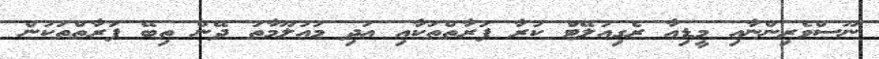
ނޫސްވެރިންނާއި މީޑިއާ ރެގިއުލޭޓް ކުރާ ފަރާތްތަކާއި އަދި މައުލޫމާތު ދޭން ތިބޭ ފަރާތްތަކުން